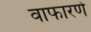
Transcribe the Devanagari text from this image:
वाफारणे